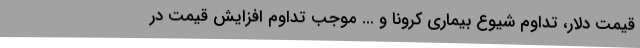
قیمت دلار، تداوم شیوع بیماری کرونا و ... موجب تداوم افزایش قیمت در